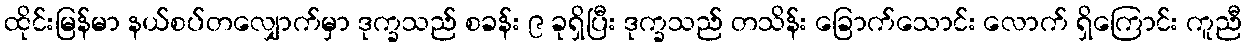
ထိုင်းမြန်မာ နယ်စပ်တလျှောက်မှာ ဒုက္ခသည် စခန်း ၉ ခုရှိပြီး ဒုက္ခသည် တသိန်း ခြောက်သောင်း လောက် ရှိကြောင်း ကူညီ